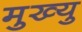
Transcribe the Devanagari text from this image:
मुख्यु